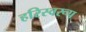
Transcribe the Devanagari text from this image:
हरिस्वरूप